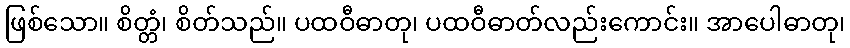
ဖြစ်သော။ စိတ္တံ၊ စိတ်သည်။ ပထဝီဓာတု၊ ပထဝီဓာတ်လည်းကောင်း။ အာပေါဓာတု၊